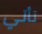
تأتي